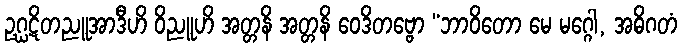
ဥဂ္ဃဋိတညူအာဒီဟိ ဝိညူဟိ အတ္တနိ အတ္တနိ ဝေဒိတဗ္ဗော “ဘာဝိတော မေ မဂ္ဂေါ, အဓိဂတံ